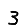
Digit: 3